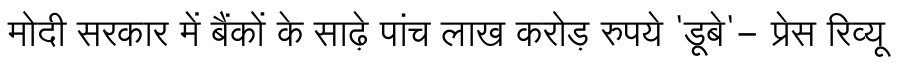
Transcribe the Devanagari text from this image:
मोदी सरकार में बैंकों के साढ़े पांच लाख करोड़ रुपये 'डूबे'- प्रेस रिव्यू